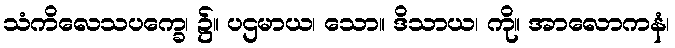
သံကိလေသပက္ခေ၊ ၌။ ပဌမာယ၊ သော။ ဒိသာယ၊ ကို။ အာလောကနံ၊